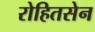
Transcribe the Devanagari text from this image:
रोहितसेन